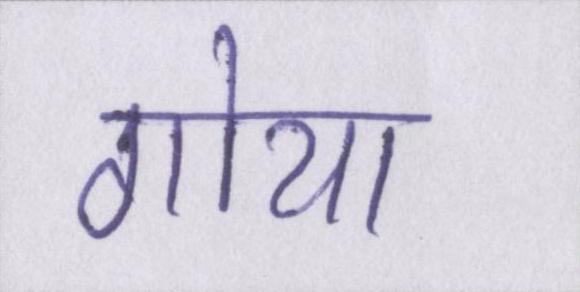
गोया